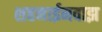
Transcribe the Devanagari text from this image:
शहनाईनवाझ